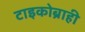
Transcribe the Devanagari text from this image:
टाइकोब्राही